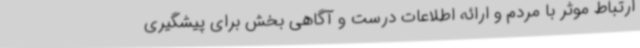
ارتباط موثر با مردم و ارائه اطلاعات درست و آگاهی بخش برای پیشگیری